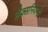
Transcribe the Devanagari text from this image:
सैक्सनियनों